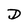
Character: D